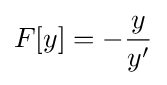
F[y]=-{\frac {y}{y'}}